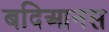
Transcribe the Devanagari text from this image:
बदिआनस